Calcutta medical institutions reports 1892-1900
Year: 1892
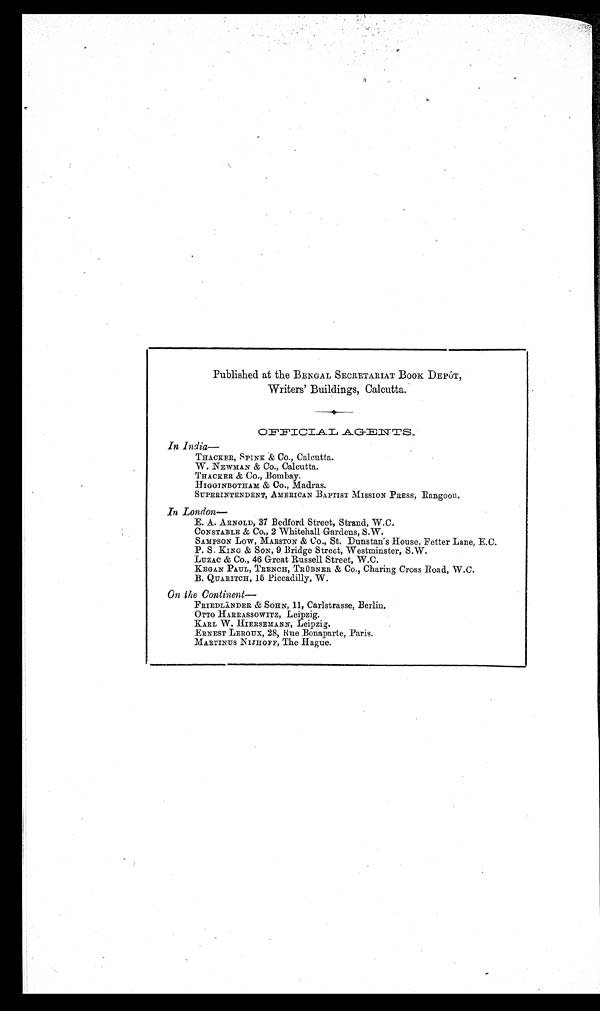
Published at the BENGAL SECRETARIAT BOOK DEPÔT,
Writers' Buildings, Calcutta.
In India
—
THACKER, SPINK & Co., Calcutta.
W. NEWMAN & Co., Calcutta.
TRACKER & Co., Bombay.
HIGGINBOTHAM & CO., Madras.
SUPERINTENDENT, AMERICAN BAPTIST MISSION PRESS, Rangoon.
In London
—
E. A. ARNOLD, 37 Bedford Street, Strand, W.C.
CONSTABLE & Co., 2 Whitehall Gardens, S.W.
SAMPSON Low, MARSTON & Co., St. Dunstan’s House, Fetter Lane, E.G.
P. S. KING & SON, 9 Bridge Street, Westminster, S.W.
LUZAC & Co., 46 Great Russell Street, W.C.
KEGAN PAUL, TRENCH, TRÜBNER & CO., Charing Cross Road, W.C.
B. QUARITCH, 15 Piccadilly, W.
On the Continent
—
FRIEDLÄNDER & SOHN, 11, Carlstrasse, Berlin.
OTTO HARRASSOWITZ, Leipzig.
KARL W. HIERSEMANN, Leipzig.
ERNEST LEROUX, 28, Rue Bonaparte, Paris.
MARTINUS NIJHOFF, The Hague.